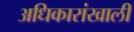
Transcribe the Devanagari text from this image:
अधिकारांखाली